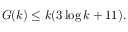
G ( k ) \leq k ( 3 \log k + 1 1 ) .